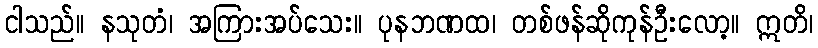
ငါသည်။ နသုတံ၊ အကြားအပ်သေး။ ပုနဘဏထ၊ တစ်ဖန်ဆိုကုန်ဦးလော့။ ဣတိ၊